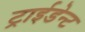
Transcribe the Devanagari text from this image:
ट्राईडेन्ट